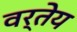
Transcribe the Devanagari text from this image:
वर्तेय